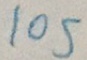
1 0 5